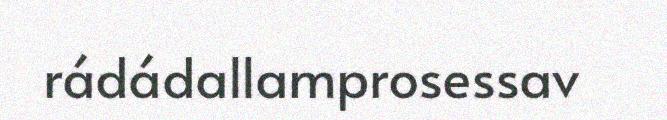
rádádallamprosessav